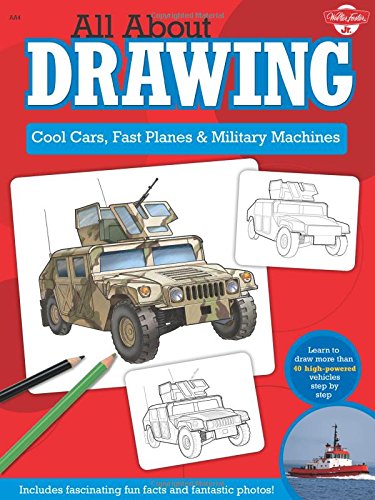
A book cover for All About Drawing Cool Cars, Fast Planes & Military Machines: Learn how to draw more than 40 high-powered vehicles step by step; Tom LaPadula; Children's Books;